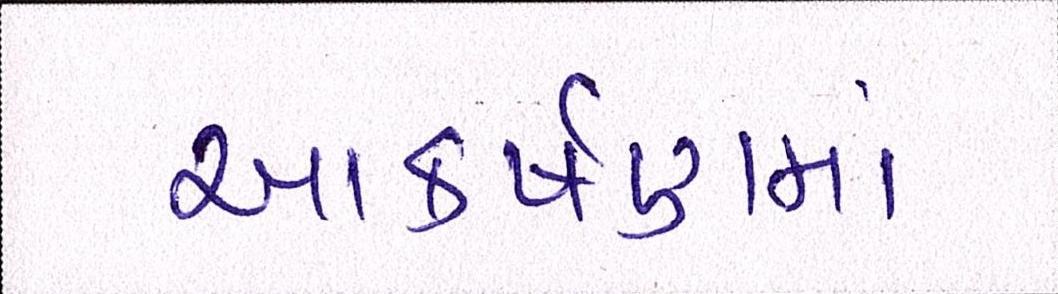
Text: આકર્ષણમાં